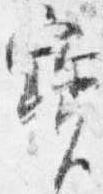
宝